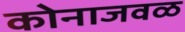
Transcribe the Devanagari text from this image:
कोनाजवळ